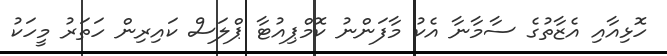
ހޮޅިއާއި އެޒާތުގެ ސާމާނާ އެކު މާފަންނު ކޮމްޕިއުޓާ ޕްލަސް ކައިރިން ހަތަރު މީހަކު